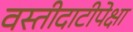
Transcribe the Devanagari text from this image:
वस्तीदाटीपेक्षा